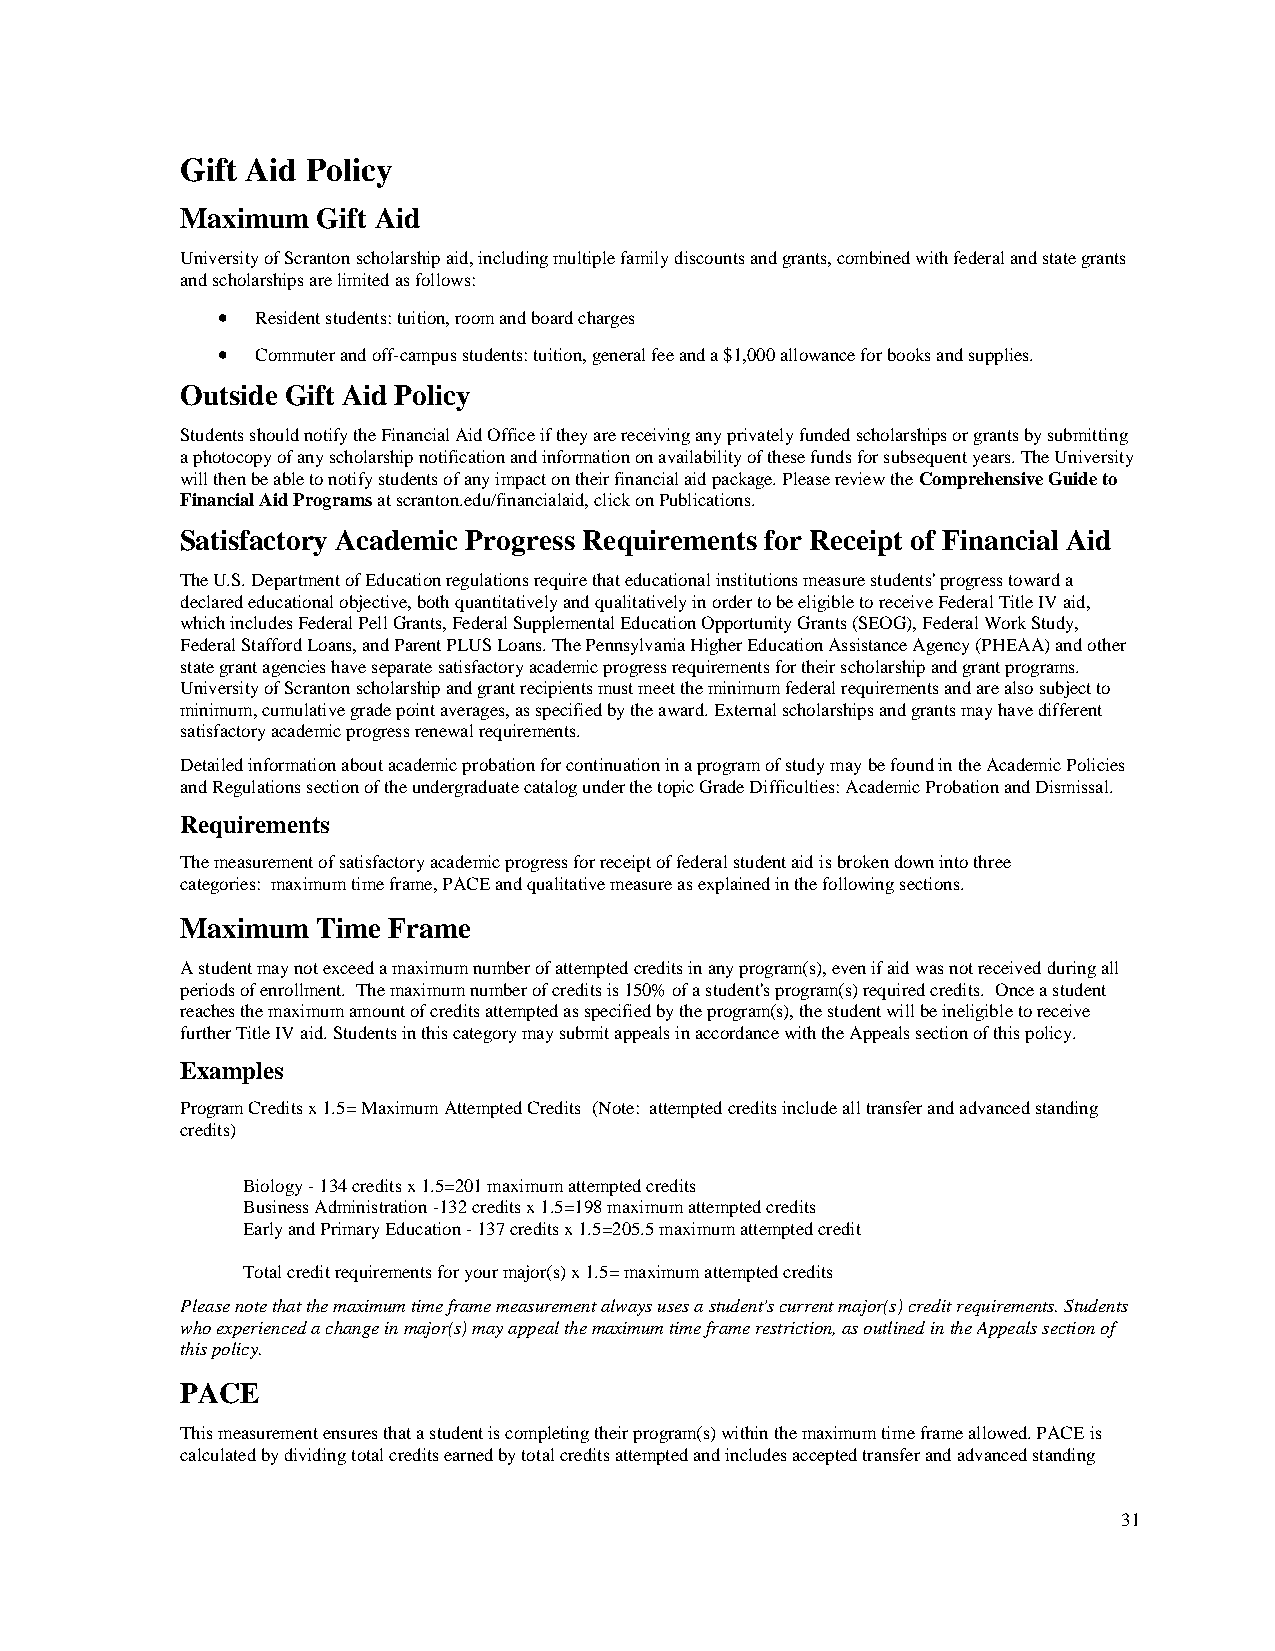
Gift Aid Policy
 Maximum  Gift Aid
 University of Scranton scholarship aid, including multiple family discounts and grants, combined with federal and state grants
 and scholarships are limited as follows:
 •  Resident students: tuition, room and board charges
 •  Commuter and off-campus students: tuition, general fee and a $1,000 allowance for books and supplies.
 Outside Gift Aid Policy
 Students should notify the Financial Aid Office if they are receiving any privately funded scholarships or grants by submitting
 a photocopy of any scholarship notification and information on availability of these funds for subsequent years. The University
 will then be able to notify students of any impact on their financial aid package. Please review the Comprehensive Guide to
 Financial Aid Programs at scranton.edu/financialaid, click on Publications.
 Satisfactory Academic Progress Requirements for Receipt of Financial Aid
 The U.S. Department of Education regulations require that educational institutions measure students' progress toward a
 declared educational objective, both quantitatively and qualitatively in order to be eligible to receive Federal Title IV aid,
 which includes Federal Pell Grants, Federal Supplemental Education Opportunity Grants (SEOG), Federal Work Study,
 Federal Stafford Loans, and Parent PLUS Loans. The Pennsylvania Higher Education Assistance Agency (PHEAA) and other
 state grant agencies have separate satisfactory academic progress requirements for their scholarship and grant programs.
 University of Scranton scholarship and grant recipients must meet the minimum federal requirements and are also subject to
 minimum, cumulative grade point averages, as specified by the award. External scholarships and grants may have different
 satisfactory academic progress renewal requirements.
 Detailed information about academic probation for continuation in a program of study may be found in the Academic Policies
 and Regulations section of the undergraduate catalog under the topic Grade Difficulties: Academic Probation and Dismissal.
 Requirements
 The measurement of satisfactory academic progress for receipt of federal student aid is broken down into three
 categories: maximum time frame, PACE and qualitative measure as explained in the following sections.
 Maximum  Time Frame
 A student may not exceed a maximum number of attempted credits in any program(s), even if aid was not received during all
 periods of enrollment. The maximum number of credits is 150% of a student's program(s) required credits. Once a student
 reaches the maximum amount of credits attempted as specified by the program(s), the student will be ineligible to receive
 further Title IV aid. Students in this category may submit appeals in accordance with the Appeals section of this policy.
 Examples
 Program Credits x 1.5= Maximum Attempted Credits (Note: attempted credits include all transfer and advanced standing
 credits)
 Biology - 134 credits x 1.5=201 maximum attempted credits
 Business Administration -132 credits x 1.5=198 maximum attempted credits
 Early and Primary Education - 137 credits x 1.5=205.5 maximum attempted credit
 Total credit requirements for your major(s) x 1.5= maximum attempted credits
 Please note that the maximum time frame measurement always uses a student's current major(s) credit requirements. Students
 who experienced a change in major(s) may appeal the maximum time frame restriction, as outlined in the Appeals section of
 this policy.
 PACE
 This measurement ensures that a student is completing their program(s) within the maximum time frame allowed. PACE is
 calculated by dividing total credits earned by total credits attempted and includes accepted transfer and advanced standing
 31